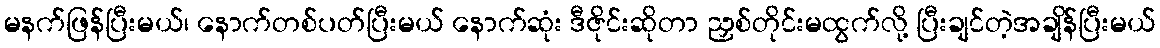
မနက်ဖြန်ပြီးမယ်၊ နောက်တစ်ပတ်ပြီးမယ် နောက်ဆုံး ဒီဇိုင်းဆိုတာ ညှစ်တိုင်းမထွက်လို့ ပြီးချင်တဲ့အချိန်ပြီးမယ်